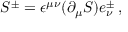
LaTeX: S ^ { \pm } = \epsilon ^ { \mu \nu } ( \partial _ { \mu } S ) e _ { \nu } ^ { \pm } \, ,